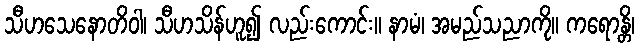
သီဟသေနောတိဝါ၊ သီဟသိန်ဟူ၍ လည်းကောင်း။ နာမံ၊ အမည်သညာကို။ ကရောန္တိ၊